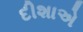
દીશાએ